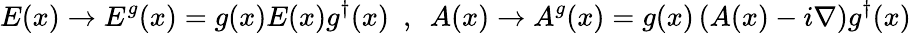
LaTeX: E(x)\rightarrow E^{g}(x)=g(x)E(x)g^{\dagger}(x)~~,~~A(x)\rightarrow A^{g}(x)=g(x)\left(A(x)-i\nabla\right)g^{\dagger}(x)